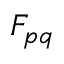
F _ { p q }